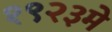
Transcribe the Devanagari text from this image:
१९२३मे